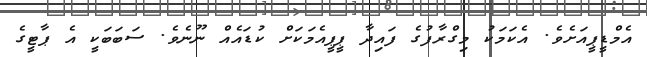
އެމްޑީޕީއަށެވެ. އެކަމަކު މިގްރާފުގެ ފައިދާ ޕީޕީއެމަކަށް ކުޑައެއް ނޫނެވެ. ސަބަބަކީ އެ ޕާޓީގެ